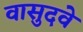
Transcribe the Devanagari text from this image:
वासुदवे